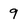
Character: 9